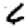
Digit: 6